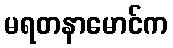
မရတနာမောင်က